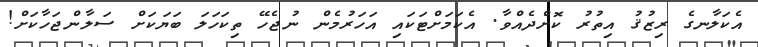
އެކަލާނގެ ރިޒުޤު އިތުރު ކޮށްދެއްވާ. އެކަމަށްޓަކައި އަހަރުމެން ނުޖެހޭ ތިކަހަލަ ބަޔަކަށް ސަލާންޖަހާކަށް!